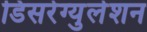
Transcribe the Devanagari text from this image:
डिसरेग्युलेशन